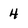
Character: 4